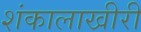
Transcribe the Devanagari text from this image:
शंकालाखीरी